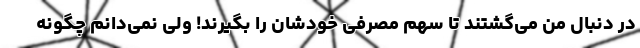
در دنبال من می‌گشتند تا سهم مصرفی خودشان را بگیرند! ولی نمی‌دانم چگونه